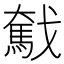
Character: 𢨗